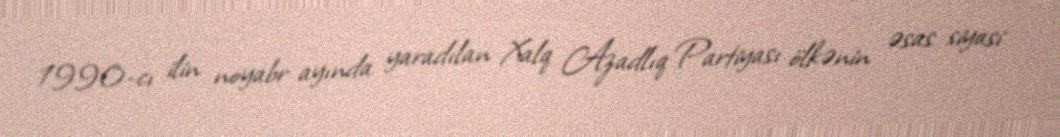
1990-cı ilin noyabr ayında yaradılan Xalq Azadlıq Partiyası ölkənin əsas siyasi